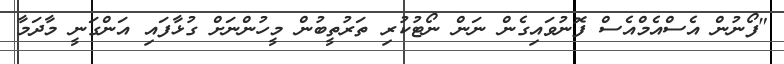
"ފޯނުން އެސްއެމްއެސް ފޮނުވައިގެން ނަން ނޯޓުކުރި ތަރުތީބުން މީހުންނަށް ގުޅާފައި އަންގަނީ މާދަމާ